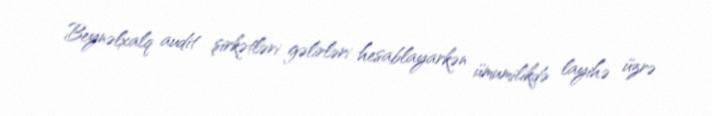
Beynəlxalq audit şirkətləri gəlirləri hesablayarkən ümumilikdə layihə üzrə